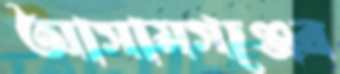
আসামগঞ্জের